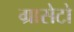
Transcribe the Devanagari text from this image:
ग्रासेटो